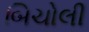
બિચોલી